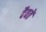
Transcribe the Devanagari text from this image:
दैवतें